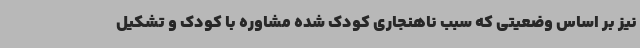
نیز بر اساس وضعیتی که سبب ناهنجاری کودک شده مشاوره با کودک و تشکیل